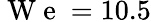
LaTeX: \mathrm{~W~e~}=10.5